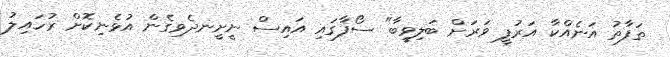
ތަފާތު އަނެއްކާ އަރުފީ ވަރަށް ބަލިވީބާ" ސޯފާގައި އައިސް ނީށީނދެވިގެން އުޅެނިކޮށް ރުހައިލު